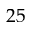
2 5